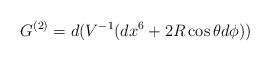
LaTeX: \begin{align*}G^{(2)} = d(V^{-1}(dx^6+2R\cos \theta d\phi))\end{align*}